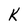
Character: K